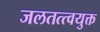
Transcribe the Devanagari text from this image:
जलतत्त्वयुक्त